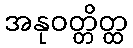
အနုဝတ္တိတ္ထ